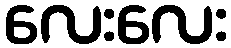
လေးလေး